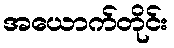
အယောက်တိုင်း